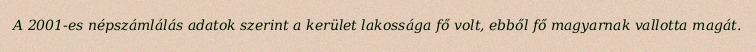
A 2001-es népszámlálás adatok szerint a kerület lakossága fő volt, ebből fő magyarnak vallotta magát.